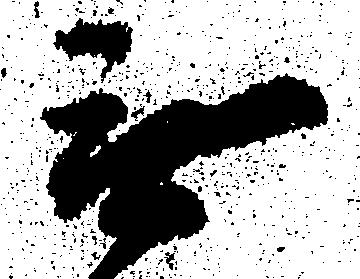
無